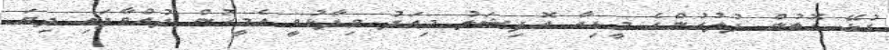
ގުޅޭ ގޮތުން ފުލުހުންގެ މީޑިއާ އޮފިޝަލު މިއަދު ވިދާޅުވީ އެމީހުން ދުއްވާފައި ދިޔަ